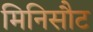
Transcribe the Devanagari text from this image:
मिनिसौट